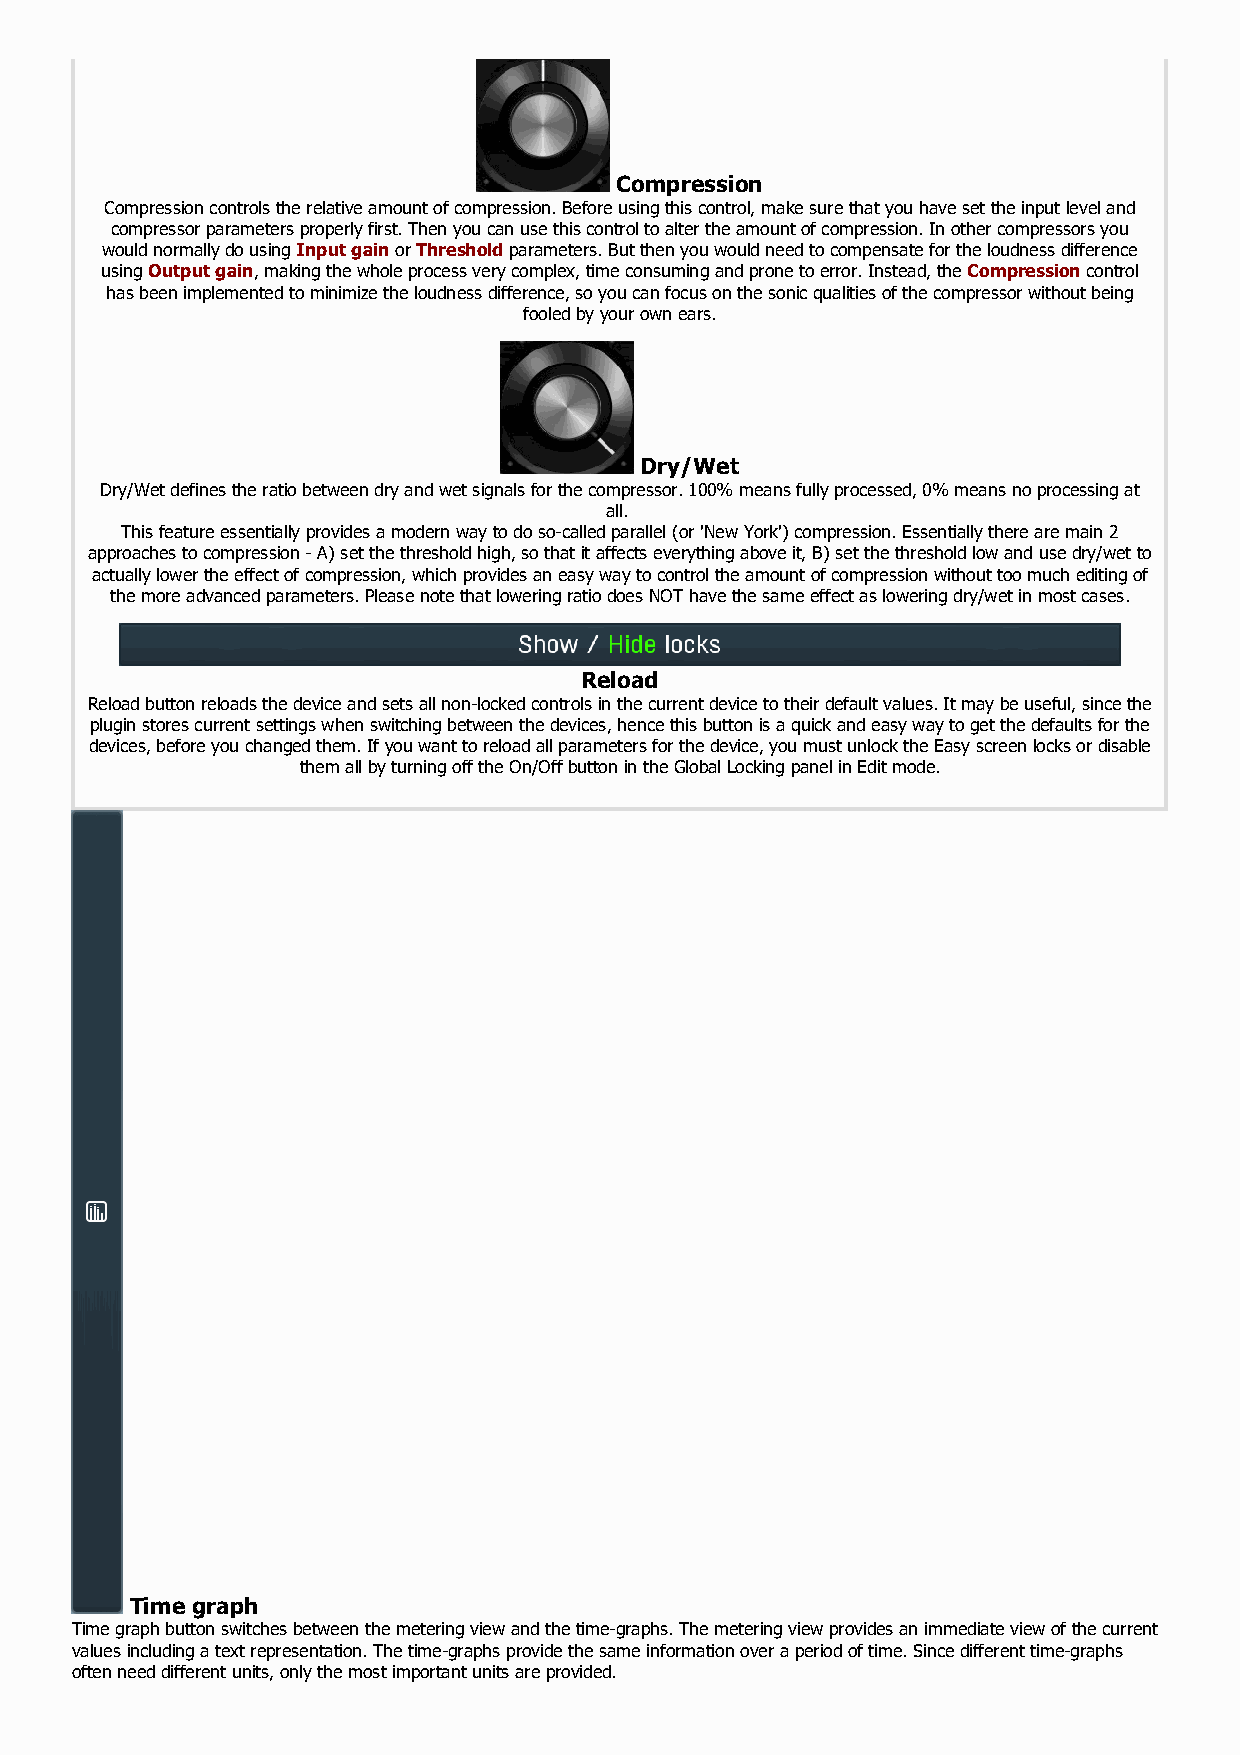
Compression
 Compression controls the relative amount of compression. Before using this control, make sure that you have set the input level and
 compressor parameters properly first. Then you can use this control to alter the amount of compression. In other compressors you
 would normally do using Input gain or Threshold parameters. But then you would need to compensate for the loudness difference
 using Output gain, making the whole process very complex, time consuming and prone to error. Instead, the Compression control
 has been implemented to minimize the loudness difference, so you can focus on the sonic qualities of the compressor without being
 fooled by your own ears.
 Dry/Wet
 Dry/Wet defines the ratio between dry and wet signals for the compressor. 100% means fully processed, 0% means no processing at
 all.
 This feature essentially provides a modern way to do so-called parallel (or 'New York') compression. Essentially there are main 2
 approaches to compression - A) set the threshold high, so that it affects everything above it, B) set the threshold low and use dry/wet to
 actually lower the effect of compression, which provides an easy way to control the amount of compression without too much editing of
 the more advanced parameters. Please note that lowering ratio does NOT have the same effect as lowering dry/wet in most cases.
 Reload
 Reload button reloads the device and sets all non-locked controls in the current device to their default values. It may be useful, since the
 plugin stores current settings when switching between the devices, hence this button is a quick and easy way to get the defaults for the
 devices, before you changed them. If you want to reload all parameters for the device, you must unlock the Easy screen locks or disable
 them all by turning off the On/Off button in the Global Locking panel in Edit mode.
 Time graph
 Time graph button switches between the metering view and the time-graphs. The metering view provides an immediate view of the current
 values including a text representation. The time-graphs provide the same information over a period of time. Since different time-graphs
 often need different units, only the most important units are provided.